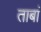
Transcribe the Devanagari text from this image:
ताबां